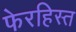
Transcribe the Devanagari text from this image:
फेरहिस्त